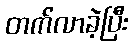
တက်လာခဲ့ပြီး